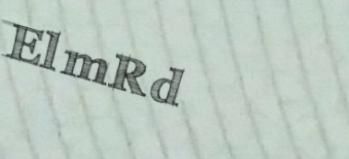
ElmRd